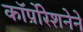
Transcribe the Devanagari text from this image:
कॉर्पोरेशनेने